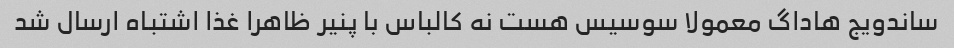
ساندویج هاداگ معمولا سوسیس هست نه کالباس با پنیر ظاهرا غذا اشتباه ارسال شد